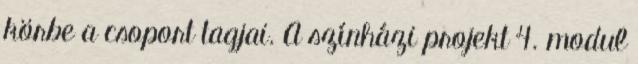
körbe a csoport tagjai. A színházi projekt 4. modul